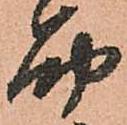
筋